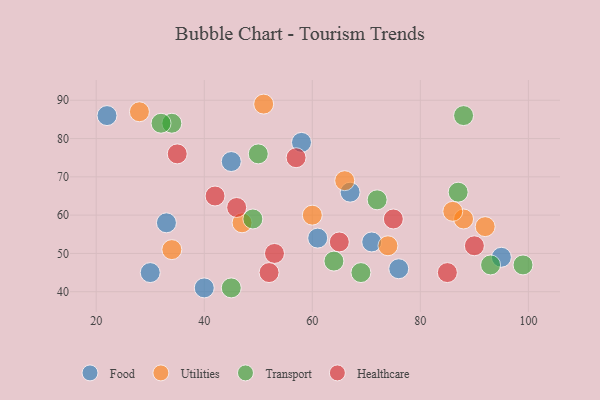
{"axis": {"x": "GDP", "y": "Life Expectancy"}, "legend": ["Food", "Healthcare", "Transport", "Utilities"], "data": [{"x": "30", "y": 45, "type": "Food"}, {"x": "67", "y": 66, "type": "Food"}, {"x": "76", "y": 46, "type": "Food"}, {"x": "71", "y": 53, "type": "Food"}, {"x": "40", "y": 41, "type": "Food"}, {"x": "61", "y": 54, "type": "Food"}, {"x": "95", "y": 49, "type": "Food"}, {"x": "22", "y": 86, "type": "Food"}, {"x": "33", "y": 58, "type": "Food"}, {"x": "45", "y": 74, "type": "Food"}, {"x": "58", "y": 79, "type": "Food"}, {"x": "28", "y": 87, "type": "Utilities"}, {"x": "74", "y": 52, "type": "Utilities"}, {"x": "60", "y": 60, "type": "Utilities"}, {"x": "34", "y": 51, "type": "Utilities"}, {"x": "88", "y": 59, "type": "Utilities"}, {"x": "66", "y": 69, "type": "Utilities"}, {"x": "86", "y": 61, "type": "Utilities"}, {"x": "47", "y": 58, "type": "Utilities"}, {"x": "92", "y": 57, "type": "Utilities"}, {"x": "51", "y": 89, "type": "Utilities"}, {"x": "49", "y": 59, "type": "Transport"}, {"x": "64", "y": 48, "type": "Transport"}, {"x": "34", "y": 84, "type": "Transport"}, {"x": "72", "y": 64, "type": "Transport"}, {"x": "93", "y": 47, "type": "Transport"}, {"x": "32", "y": 84, "type": "Transport"}, {"x": "87", "y": 66, "type": "Transport"}, {"x": "88", "y": 86, "type": "Transport"}, {"x": "50", "y": 76, "type": "Transport"}, {"x": "45", "y": 41, "type": "Transport"}, {"x": "99", "y": 47, "type": "Transport"}, {"x": "69", "y": 45, "type": "Transport"}, {"x": "35", "y": 76, "type": "Healthcare"}, {"x": "90", "y": 52, "type": "Healthcare"}, {"x": "57", "y": 75, "type": "Healthcare"}, {"x": "46", "y": 62, "type": "Healthcare"}, {"x": "75", "y": 59, "type": "Healthcare"}, {"x": "53", "y": 50, "type": "Healthcare"}, {"x": "85", "y": 45, "type": "Healthcare"}, {"x": "42", "y": 65, "type": "Healthcare"}, {"x": "52", "y": 45, "type": "Healthcare"}, {"x": "65", "y": 53, "type": "Healthcare"}]}